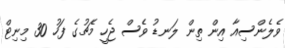
ވެލެންސިއާ އިން ތިން ލަނޑު ވެސް ޖެހީ މެޗުގެ ފަހު 30 މިނިޓް